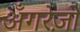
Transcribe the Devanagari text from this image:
अँगरेज़ों